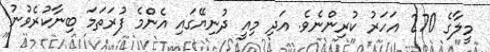
މީލާގެ 270 އަހަރު ކުރިންނެވެ. އަދި މިއީ ދުނިޔޭގައި އެންމެ ފުރަތަމަ ބިނާކުރެވުނު